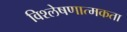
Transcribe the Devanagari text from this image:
विश्लेषणात्मकता